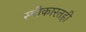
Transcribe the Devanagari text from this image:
स्वीकारतही